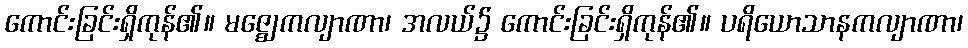
ကောင်းခြင်းရှိကုန်၏။ မဇ္ဈေကလျာဏာ၊ အလယ်၌ ကောင်းခြင်းရှိကုန်၏။ ပရိယောသာနကလျာဏာ၊